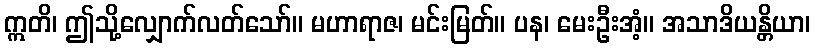
ဣတိ၊ ဤသို့လျှောက်လတ်သော်။ မဟာရာဇ၊ မင်းမြတ်။ ပန၊ မေးဦးအံ့။ အသာဒိယန္တိယာ၊